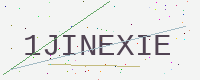
Text: 1JINEXIE